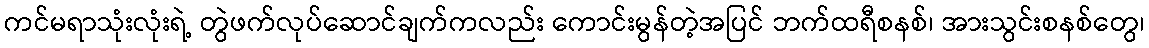
ကင်မရာသုံးလုံးရဲ့ တွဲဖက်လုပ်ဆောင်ချက်ကလည်း ကောင်းမွန်တဲ့အပြင် ဘက်ထရီစနစ်၊ အားသွင်းစနစ်တွေ၊